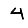
Digit: 4